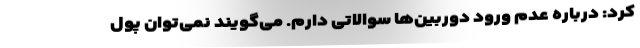
کرد: درباره عدم ورود دوربین‌ها سوالاتی دارم. می‌گویند نمی‌توان پول